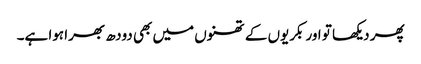
پھر دیکھا تو اور بکریوں کے تھنوں میں بھی دودھ بھرا ہوا ہے۔